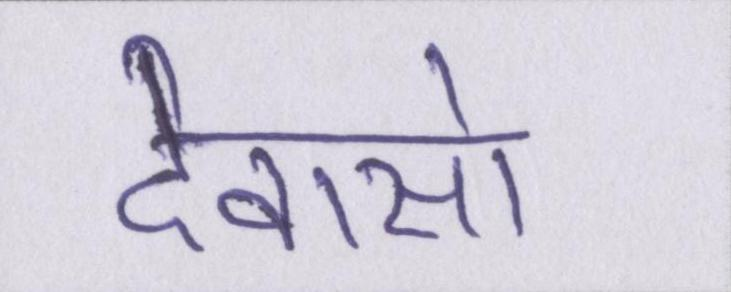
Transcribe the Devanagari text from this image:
देवासो